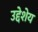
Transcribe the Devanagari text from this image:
उद्देशेय